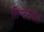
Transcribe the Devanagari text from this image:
सिम्फेरोपोल